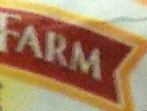
FRAM